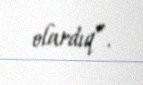
olardıq”.